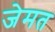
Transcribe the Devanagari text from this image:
जेमत